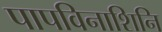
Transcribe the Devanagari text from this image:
पापविनाशिनि